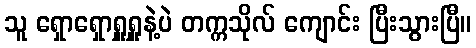
သူ ရှောရှောရှူရှူနဲ့ပဲ တက္ကသိုလ် ကျောင်း ပြီးသွားပြီ။